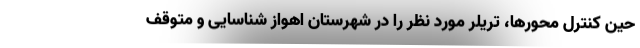
حین کنترل محورها، تریلر مورد نظر را در شهرستان اهواز شناسایی و متوقف